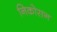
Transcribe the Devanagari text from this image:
निकोसन